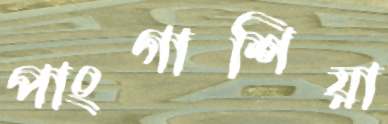
পাংগাশিয়া